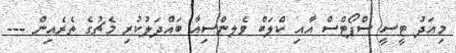
މިއަދު ޓީސީ ސްޕޯޓްސް އާއި ކްލަބް ވެެލންސިއާ ބައްދަލުކުރި މެޗުގެ ތެރެއިން ---